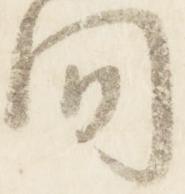
間